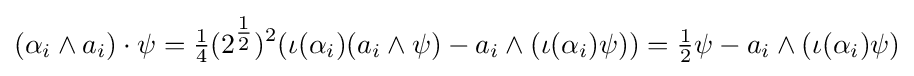
(\alpha _{i}\wedge a_{i})\cdot \psi ={\tfrac {1}{4}}(2^{\tfrac {1}{2}})^{2}(\iota (\alpha _{i})(a_{i}\wedge \psi )-a_{i}\wedge (\iota (\alpha _{i})\psi ))={\tfrac {1}{2}}\psi -a_{i}\wedge (\iota (\alpha _{i})\psi )